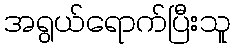
အရွယ်ရောက်ပြီးသူ